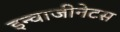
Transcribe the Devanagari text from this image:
इन्वाजीनेटस